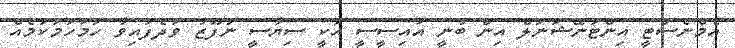
އެމްނެސްޓީ އިންޓަނޭޝަނަލް އިން ބުނީ އައިސީސީ އަކީ ސިޔާސީ ނުފޫޒު ވަދެފައިވާ ހަމަހަމަކަމެއް